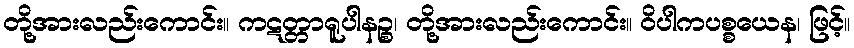
တို့အားလည်းကောင်း။ ကဋတ္တာရူပါနဉ္စ၊ တို့အားလည်းကောင်း။ ဝိပါကပစ္စယေန၊ ဖြင့်။